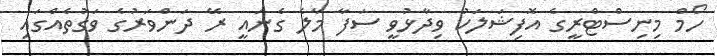
ހޯމް މިނިސްޓްރީގެ އޮފިޝަލަަކު ވިދާޅުވީ ސަފާ މާލެ ގެނައީ ރޭ ދަންވަރުގެ ވަގުތެއްގައި